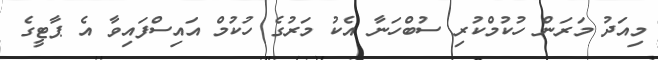
މިއަދު މަރަން ހުކުމްކުރި ސުބްހަނާ އެކު މަރުގެ ހުކުމް އައިސްފައިވާ އެ ޕާޓީގެ